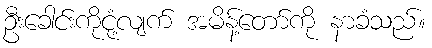
ဦးခေါင်းကိုငုံ့လျက် အမိန့်တော်ကို နာခံသည်။